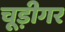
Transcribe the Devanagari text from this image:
चूड़ीगर